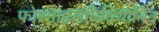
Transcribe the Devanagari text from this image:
फोरमाइलमिथियोनिन